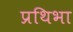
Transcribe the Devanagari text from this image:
प्रथिभा